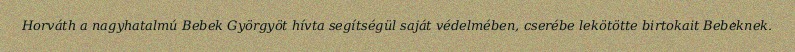
Horváth a nagyhatalmú Bebek Györgyöt hívta segítségül saját védelmében, cserébe lekötötte birtokait Bebeknek.